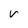
Character: V